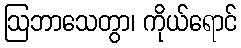
ဩဘာသေတွာ၊ ကိုယ်ရောင်